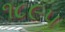
૧૮૯૫